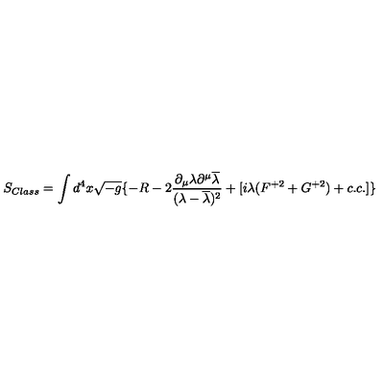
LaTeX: S _ { C l a s s } = \int d ^ { 4 } x \sqrt { - g } \{ - R - 2 \frac { \partial _ { \mu } \lambda \partial ^ { \mu } \overline { { \lambda } } } { ( \lambda - \overline { { \lambda } } ) ^ { 2 } } + [ i \lambda ( F ^ { + 2 } + G ^ { + 2 } ) + c . c . ] \}